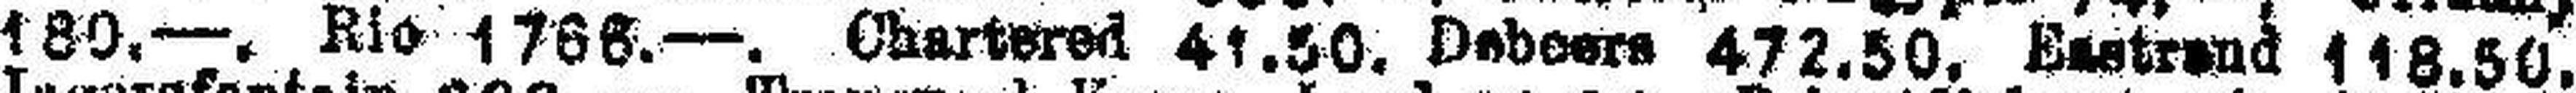
180.—. Rio 1766.—. Chartered 41.50. Deboers 472.50. Enstrend 118.50.